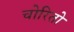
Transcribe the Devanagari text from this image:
चोरितो